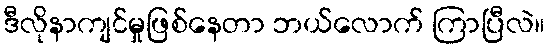
ဒီလိုနာကျင်မှုဖြစ်နေတာ ဘယ်လောက် ကြာပြီလဲ။